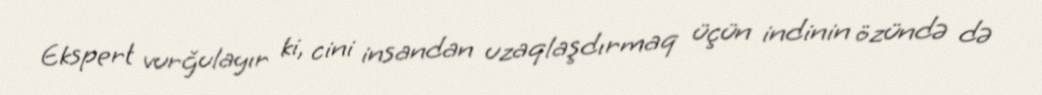
Ekspert vurğulayır ki, cini insandan uzaqlaşdırmaq üçün indinin özündə də